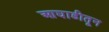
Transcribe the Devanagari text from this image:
आघाडीतून